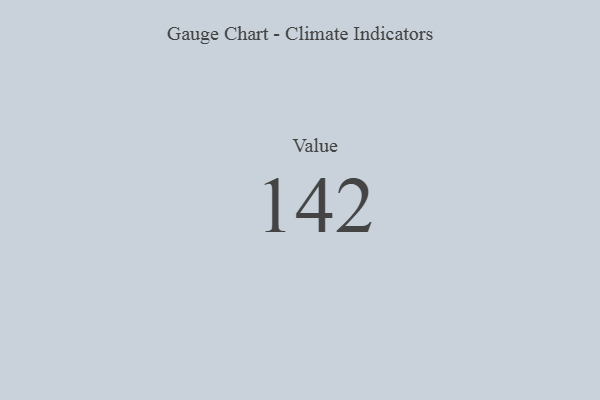
{"axis": {"x": "Metric", "y": "Value"}, "legend": [""], "data": [{"x": "Value", "y": 142, "type": ""}]}